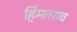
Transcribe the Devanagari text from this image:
हिंमतराव